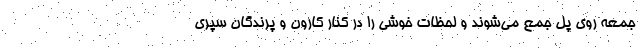
جمعه روی پل جمع می‌شوند و لحظات خوشی را در کنار کارون و پرندگان سپری